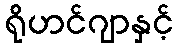
ရိုဟင်ဂျာနှင့်